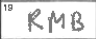
Transcription: RMB